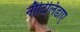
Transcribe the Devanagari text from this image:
नौटिलिडाए